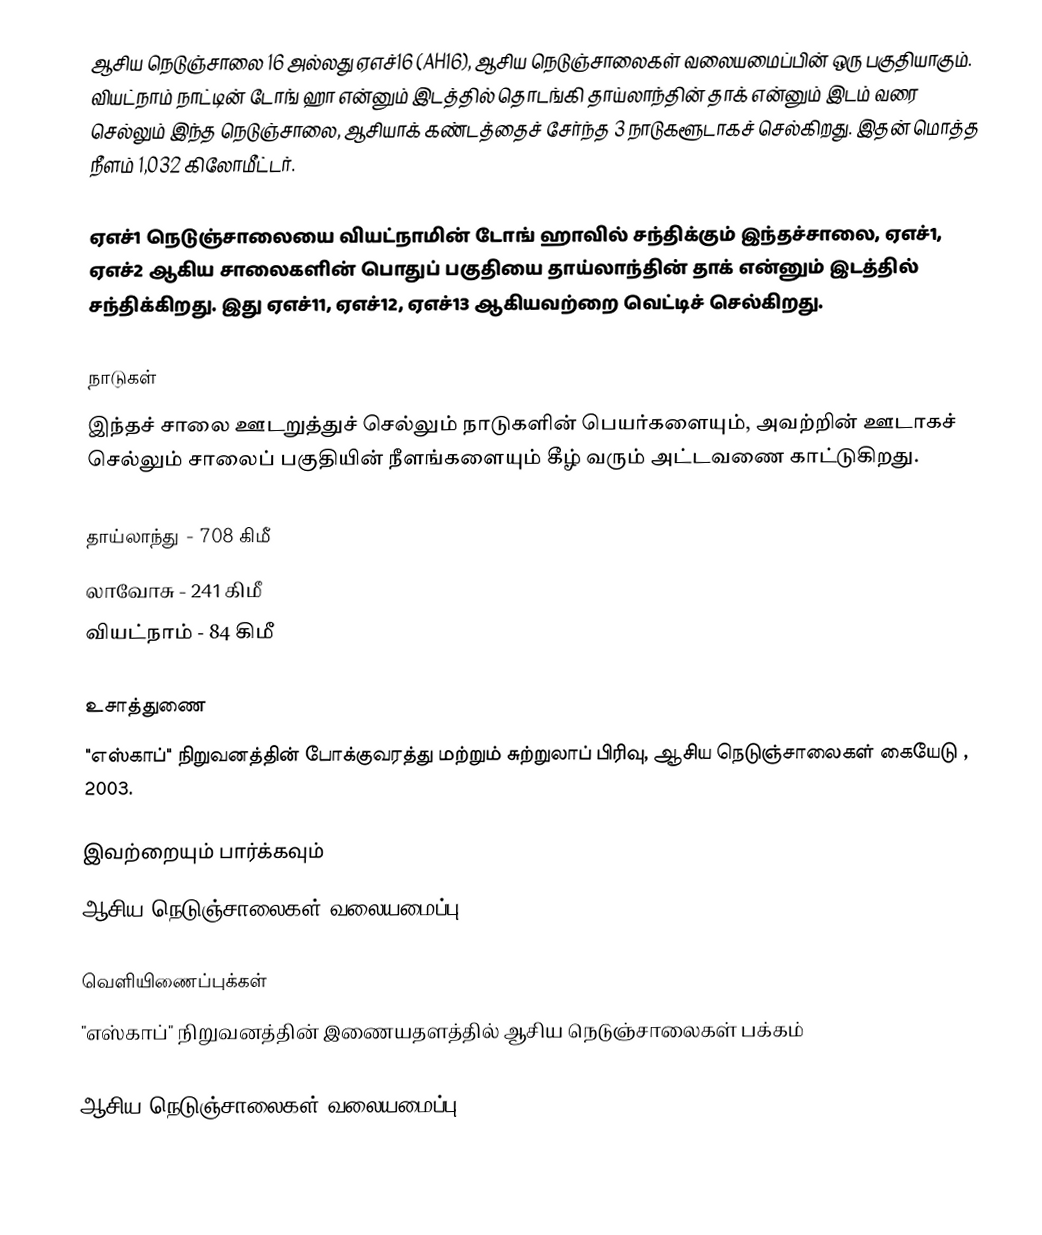
ஆசிய நெடுஞ்சாலை 16 அல்லது ஏஎச்16 (AH16), ஆசிய நெடுஞ்சாலைகள் வலையமைப்பின் ஒரு பகுதியாகும். வியட்நாம் நாட்டின் டோங் ஹா என்னும் இடத்தில் தொடங்கி தாய்லாந்தின் தாக் என்னும் இடம் வரை செல்லும் இந்த நெடுஞ்சாலை, ஆசியாக் கண்டத்தைச் சேர்ந்த 3 நாடுகளூடாகச் செல்கிறது. இதன் மொத்த நீளம் 1,032 கிலோமீட்டர்.

ஏஎச்1 நெடுஞ்சாலையை வியட்நாமின் டோங் ஹாவில் சந்திக்கும் இந்தச்சாலை, ஏஎச்1, ஏஎச்2 ஆகிய சாலைகளின் பொதுப் பகுதியை தாய்லாந்தின் தாக் என்னும் இடத்தில் சந்திக்கிறது. இது ஏஎச்11, ஏஎச்12, ஏஎச்13 ஆகியவற்றை வெட்டிச் செல்கிறது.

நாடுகள்
இந்தச் சாலை ஊடறுத்துச் செல்லும் நாடுகளின் பெயர்களையும், அவற்றின் ஊடாகச் செல்லும் சாலைப் பகுதியின் நீளங்களையும் கீழ் வரும் அட்டவணை காட்டுகிறது.

 தாய்லாந்து - 708 கிமீ
 லாவோசு - 241 கிமீ
 வியட்நாம் - 84 கிமீ

உசாத்துணை
 "எஸ்காப்" நிறுவனத்தின் போக்குவரத்து மற்றும் சுற்றுலாப் பிரிவு, ஆசிய நெடுஞ்சாலைகள் கையேடு , 2003.

இவற்றையும் பார்க்கவும்
 ஆசிய நெடுஞ்சாலைகள் வலையமைப்பு

வெளியிணைப்புக்கள்
 "எஸ்காப்" நிறுவனத்தின் இணையதளத்தில் ஆசிய நெடுஞ்சாலைகள் பக்கம்

 ஆசிய நெடுஞ்சாலைகள் வலையமைப்பு